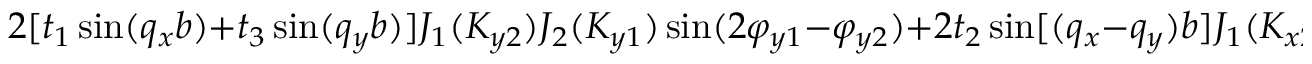
2 [ t _ { 1 } \sin ( q _ { x } b ) + t _ { 3 } \sin ( q _ { y } b ) ] J _ { 1 } ( K _ { y 2 } ) J _ { 2 } ( K _ { y 1 } ) \sin ( 2 \varphi _ { y 1 } - \varphi _ { y 2 } ) + 2 t _ { 2 } \sin [ ( q _ { x } - q _ { y } ) b ] J _ { 1 } ( K _ { x 2 } ) J _ { 2 } ( K _ { x 1 } ) \sin ( \varphi _ { x 2 } ) \}